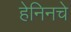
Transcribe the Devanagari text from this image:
हेनिनचे